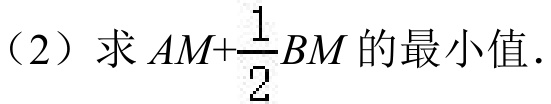
(2)求\(AM + \frac{1}{2}BM\)的最小值.